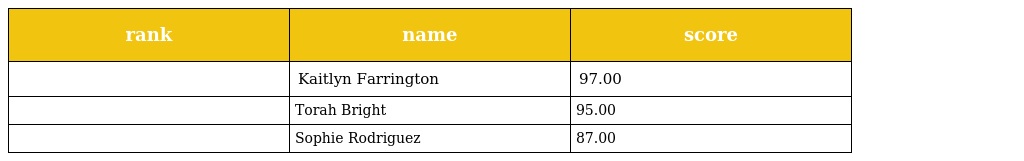
| rank | name | score |
 | --- | --- | --- |
 |  | Kaitlyn Farrington | 97.00 |
 |  | Torah Bright | 95.00 |
 |  | Sophie Rodriguez | 87.00 |